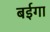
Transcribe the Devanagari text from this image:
बईगा